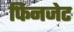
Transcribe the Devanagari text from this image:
फिनजेट